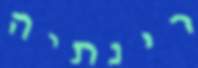
רינתיה